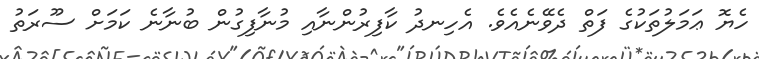
ހެޔޮ ޢަމަލުތަކުގެ ފަތް ދެވޭނެއެވެ. އެހިނދު ކާފިރުންނާއި މުނާފިގުން ބުނާނެ ކަމަށް ސޫރަތު